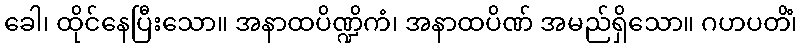
ခေါ၊ ထိုင်နေပြီးသော။ အနာထပိဏ္ဍိကံ၊ အနာထပိဏ် အမည်ရှိသော။ ဂဟပတိံ၊